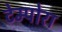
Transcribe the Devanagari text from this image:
टेम्पोरा